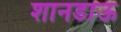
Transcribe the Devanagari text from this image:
शानडाऊ